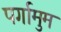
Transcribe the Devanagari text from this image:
पर्गामुम